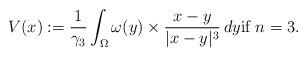
LaTeX: \begin{align*} {V}(x) := \frac{1}{\gamma_3} \int_{\Omega} \omega(y) \times \frac{x-y}{|x-y|^3} \, dy \textrm{if } n = 3. \end{align*}